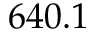
6 4 0 . 1